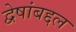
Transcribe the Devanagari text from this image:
द्वेषांबद्दल